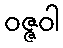
ဝဇ္ဇဝါ